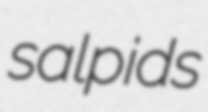
salpids